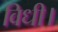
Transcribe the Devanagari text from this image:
विधी।